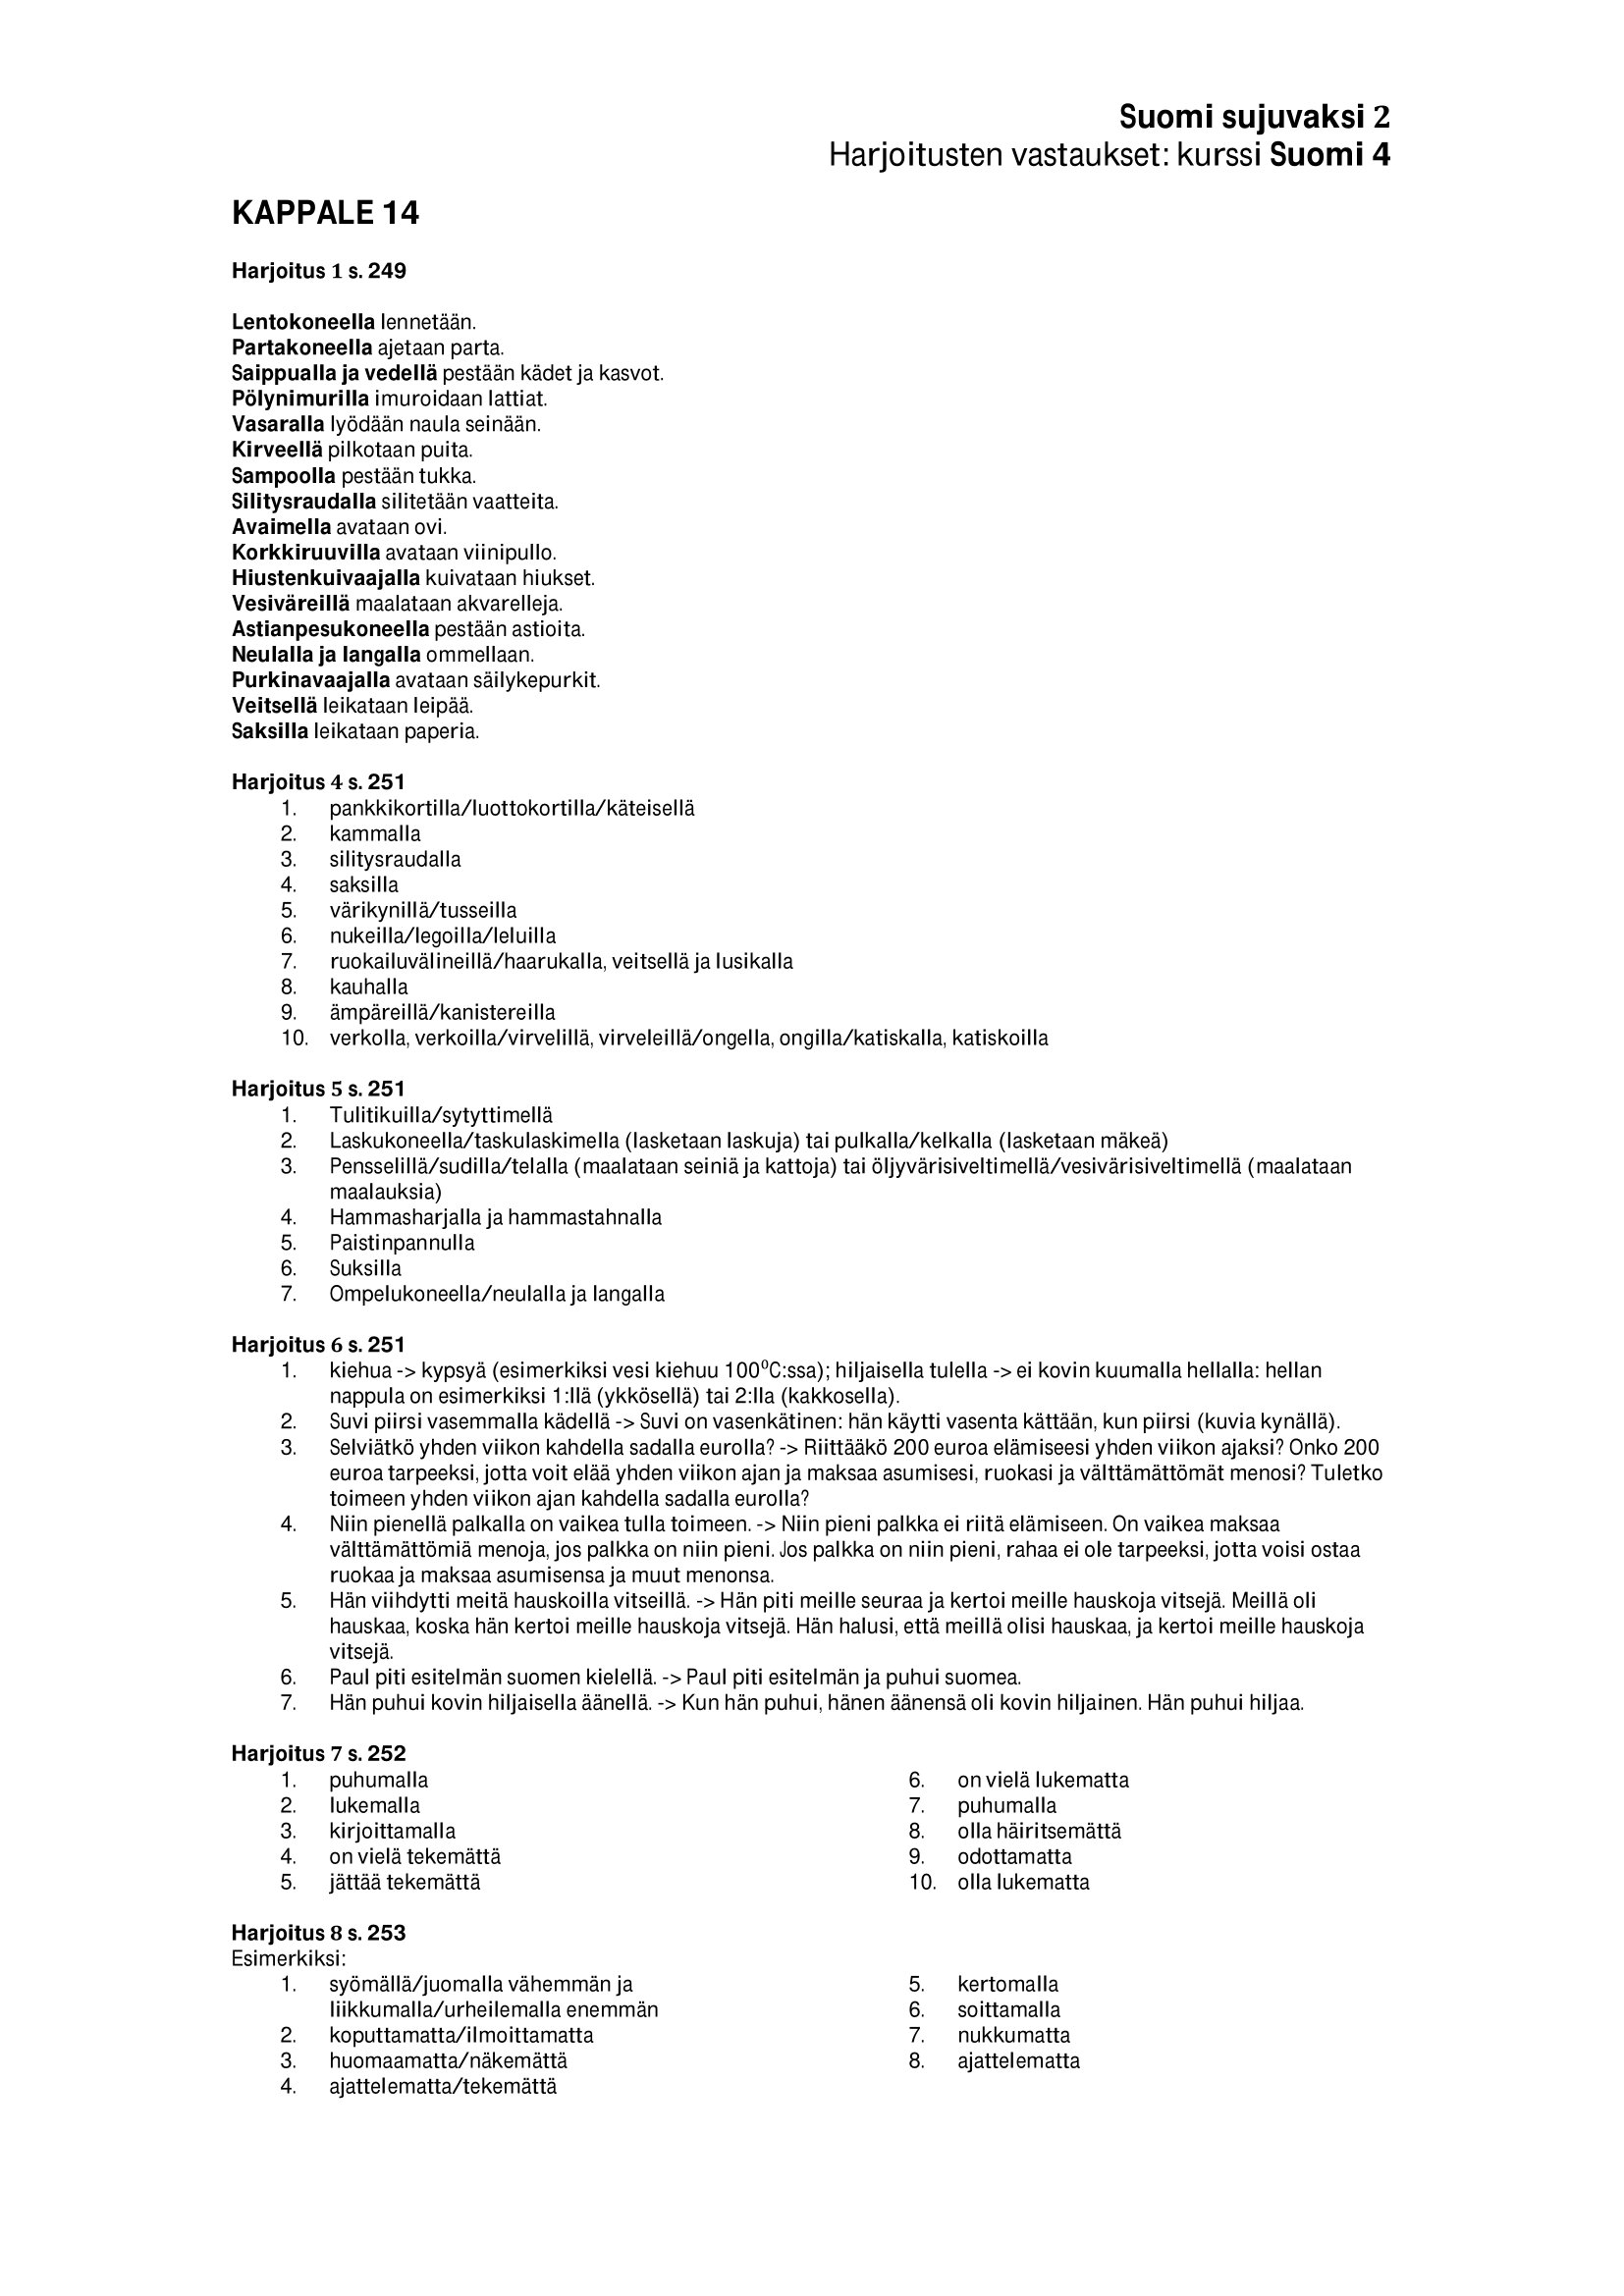
Language: fn